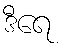
ဒီရေ